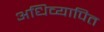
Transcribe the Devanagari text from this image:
अधिव्यापित